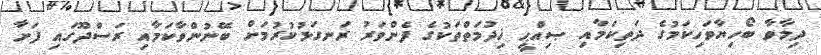
ދިމާވާ ބޯހިޔާވަހިކަމުގެ ދަތިކަމާއި ޞިއްޙީ ޚިދުމަތްތަކުގެ ފެންވަރު ރަނގަޅުކުރުމަށް ބޭނުންވާކަމާއި ރަސްދޫގައި ފަށާ